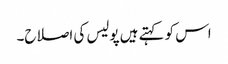
اس کو کہتے ہیں پولیس کی اصلاح۔